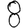
Digit: 8